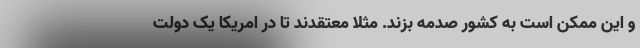
و این ممکن است به کشور صدمه بزند. مثلا معتقدند تا در امریکا یک دولت